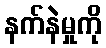
နက်နဲမှုကို